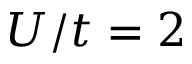
U / t = 2